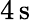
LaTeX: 4\, \mathrm s